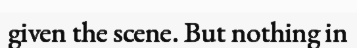
given the scene. But nothing in